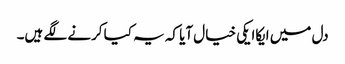
دل میں ایکاایکی خیال آیا کہ یہ کیا کرنے لگے ہیں۔